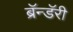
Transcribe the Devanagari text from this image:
ब्रॅन्डॅरी